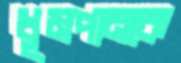
ধূমপানকে